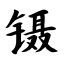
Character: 镊